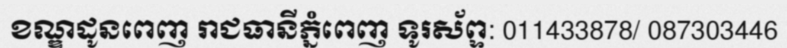
ខណ្ឌដូនពេញ រាជធានីភ្នំពេញ ទូរស័ព្ទ: 011433878/ 087303446